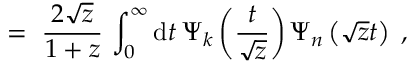
= \; \frac { 2 \sqrt { z } } { 1 + z } \, \int _ { 0 } ^ { \infty } \mathrm { d } t \: \Psi _ { k } \left( \frac { t } { \sqrt { z } } \right) \Psi _ { n } \left( \sqrt { z } t \right) \; ,